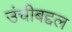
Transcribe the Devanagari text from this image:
उंचीबद्दल